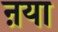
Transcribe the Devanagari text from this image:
ऩया